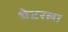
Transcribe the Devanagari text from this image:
थेटरला